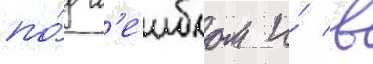
по́д л'еиблом и́ в